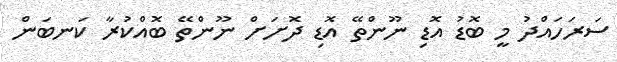
ސަރަހައްދު މީ ބޮޑު އޮޑި ނޫންތޭ އޮޑި ދޮށަށް ނޫންތޭ ބޮއްކުރާ ކަނބަން